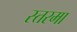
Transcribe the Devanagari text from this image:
स्तरमा